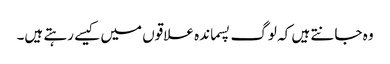
وہ جانتے ہیں کہ لوگ پسماندہ علاقوں میں کیسے رہتے ہیں۔